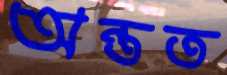
অন্তত